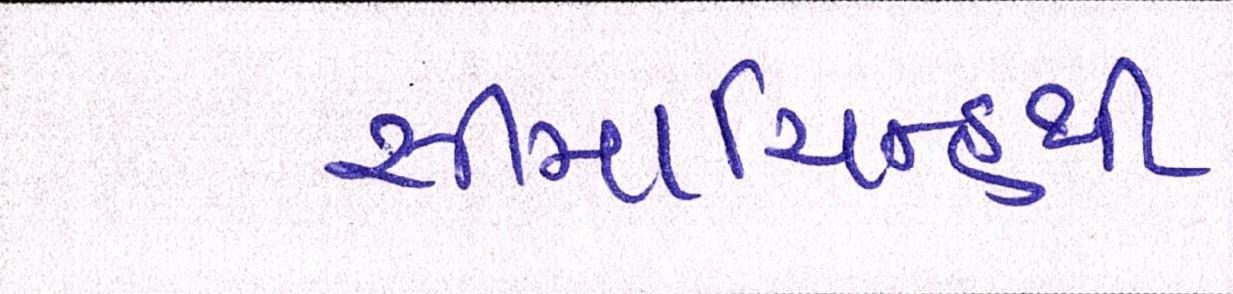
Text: સીમાચિન્હથી